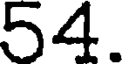
54.